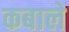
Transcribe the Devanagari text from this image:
कबाले